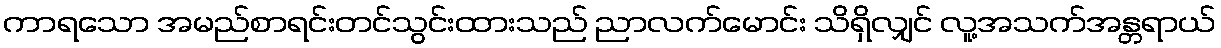
ကာရသော အမည်စာရင်းတင်သွင်းထားသည် ညာလက်မောင်း သိရှိလျှင် လူ့အသက်အန္တရာယ်